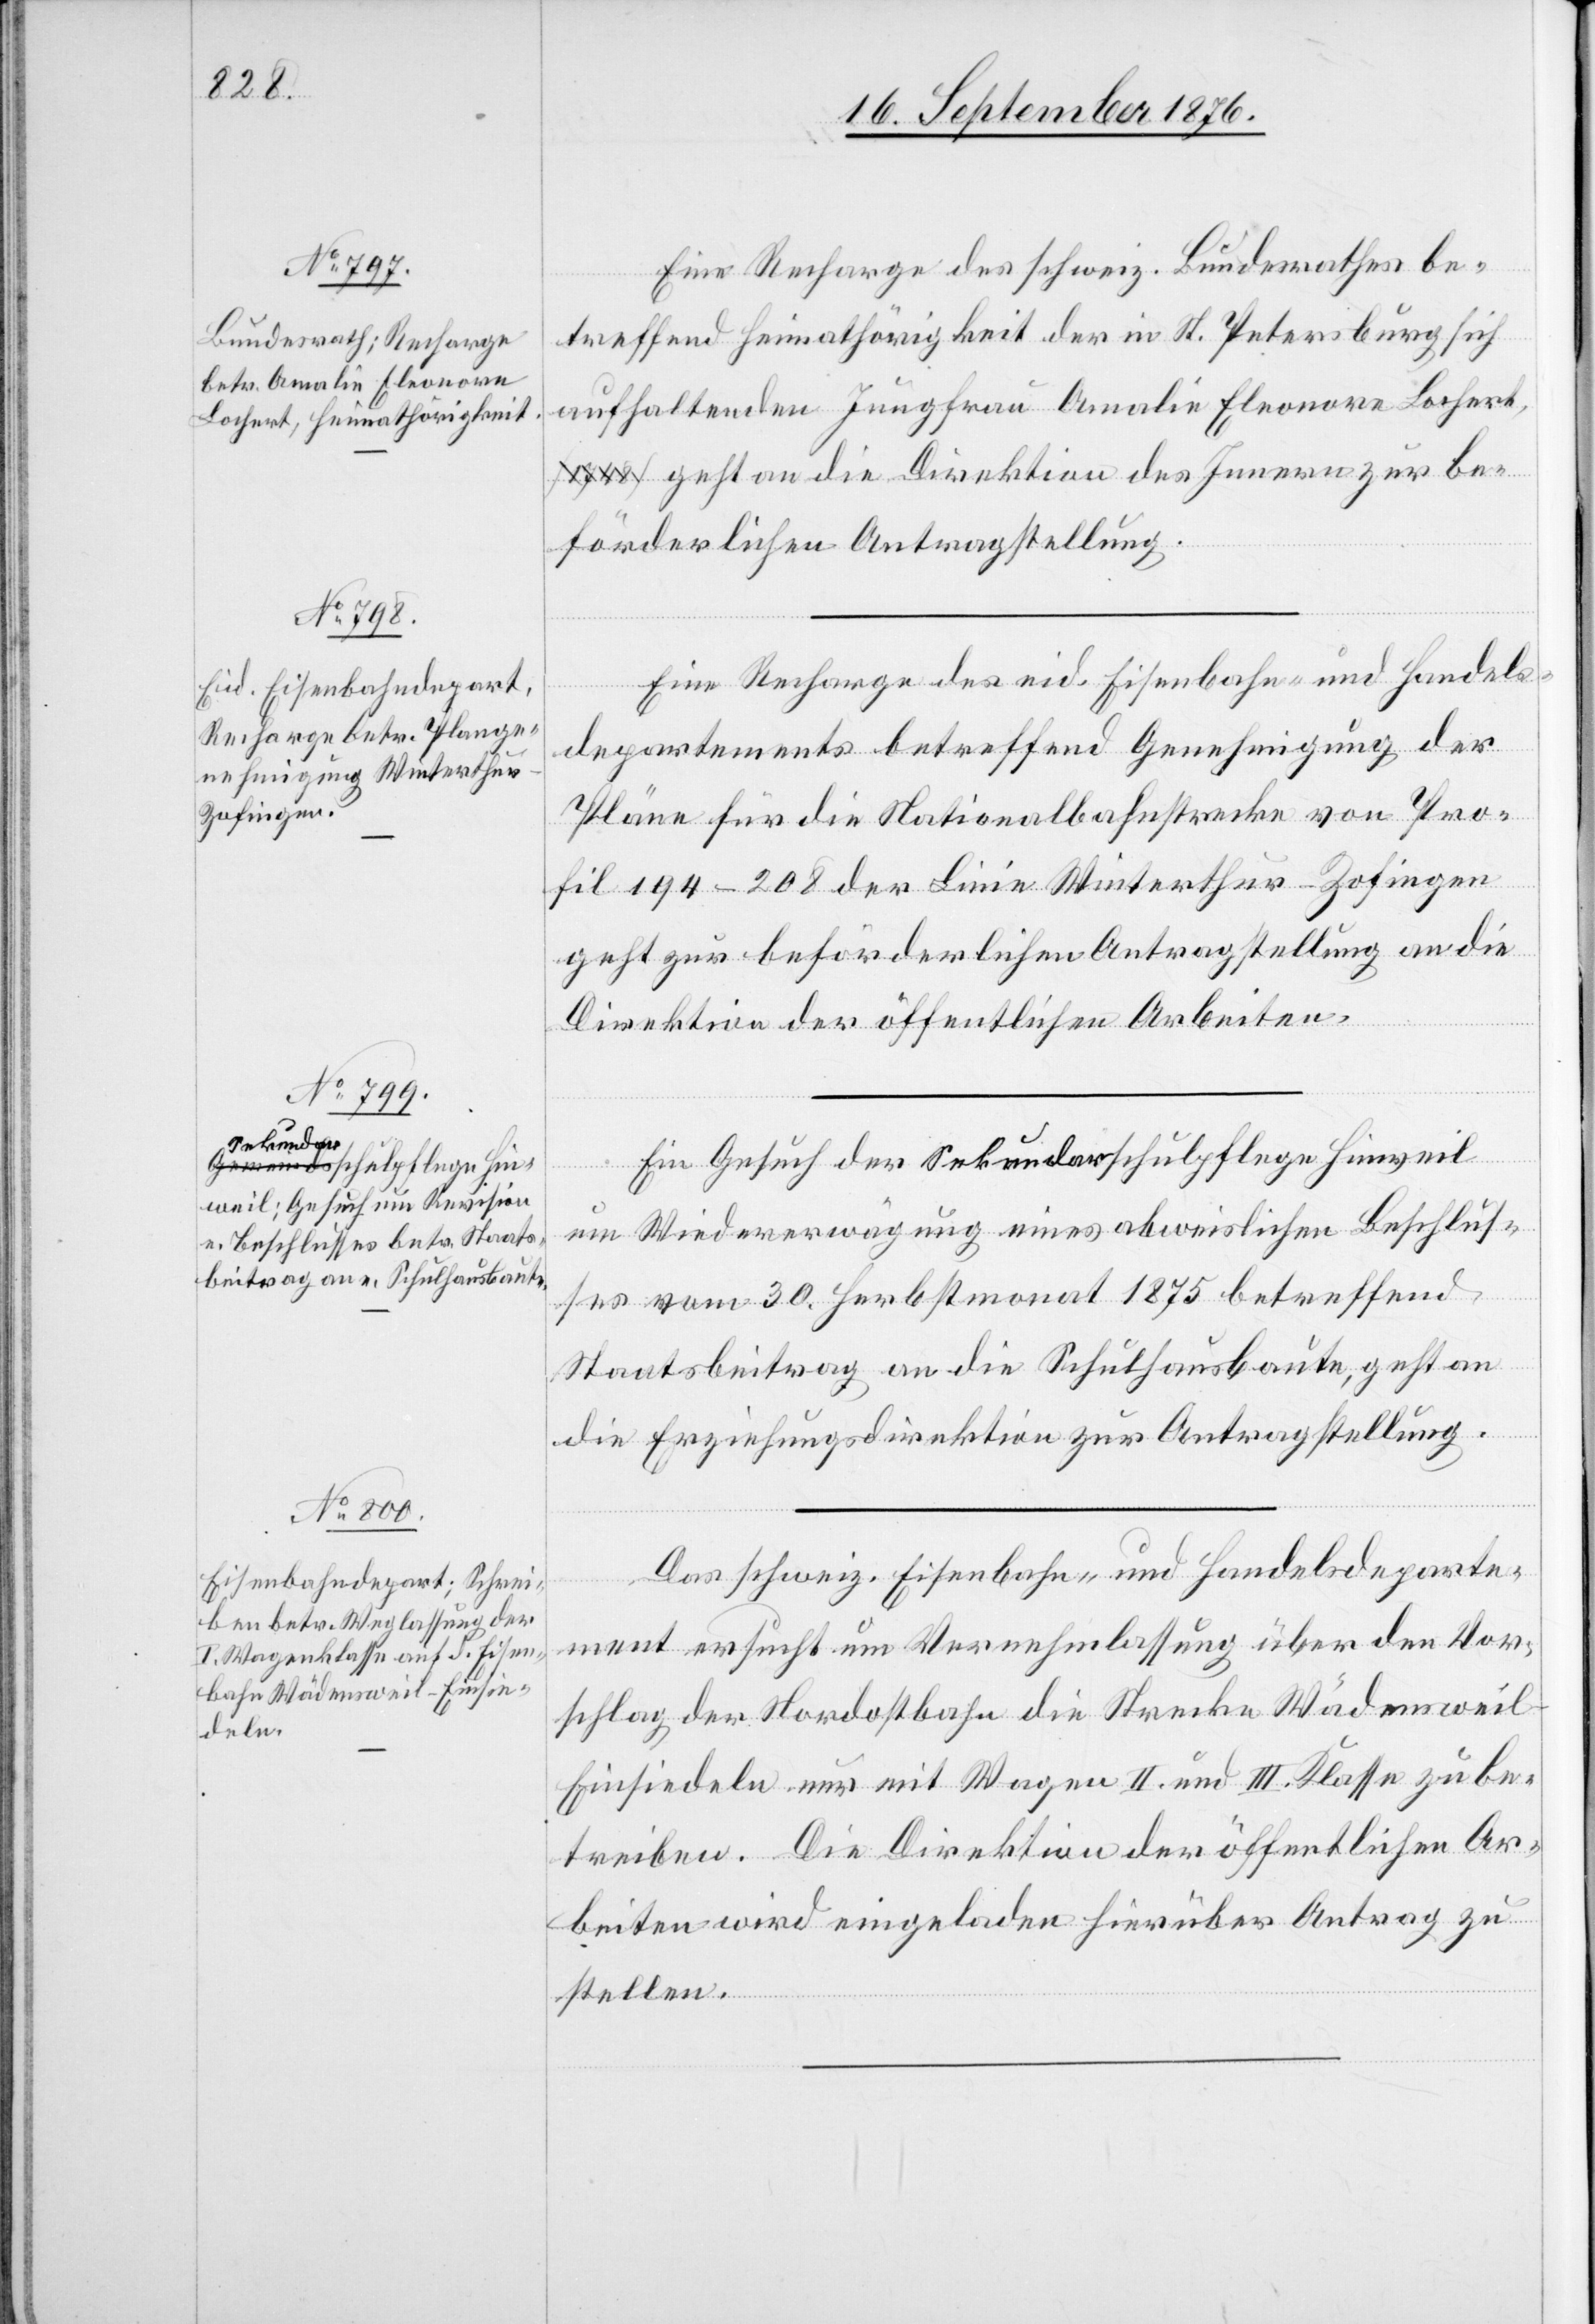
22. September 1876.]
Eine Recharge des schweiz. Bundesrathes be¬
treffend Heimathörigkeit der in St. Petersburg sich
aufhaltenden Jungfrau Amalie Eleonore Lochert,
geht an die Direktion des Innern zur be¬
förderlichen Antragstellung.
Eine Recharge des eid. Eisenbahn- und Handels¬
departements betreffend Genehmigung der
Pläne für die Nationalbahnstecke von Pro¬
fil 194–208 der Linie Winterthur–Zofingen
geht zur beförderlichen Antragstellung an die
Direktion der öffentlichen Arbeiten.
Ein Gesuch der Sekundarschulpflege Hinweil
um Wiedererwägung eines abweislichen Beschlus¬
ses vom 30. Herbstmonat 1875 betreffend
Staatsbeitrag an die Schulhausbaute, geht an
die Erziehungsdirektion zur Antragstellung.
Das schweiz. Eisenbahn- und Handelsdeparte¬
ment ersucht um Vernehmlassung über den Vor¬
schlag der Nordostbahn die Strecke Wädenswei¬
l–Einsiedeln nur mit Wagen II. und II. Klasse zu be¬
treiben. Die Direktion der öffentlichen Ar¬
beiten wird eingeladen hierüber Antrag zu
stellen.